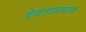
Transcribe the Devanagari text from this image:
देवतासमान